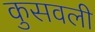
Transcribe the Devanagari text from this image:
कुसवली